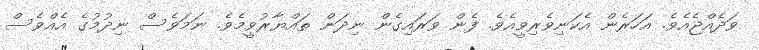
ވަދެއްޖެއެވެ. އަހަރެން އެކަނިވެރިވީއެވެ. ފެން ވަރައިގެން ނިދަން ތައްޔާރުވީމެވެ. ނަމަވެސް ނިދުމުގެ އެއްވެސް